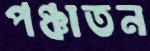
পঞ্চাতন